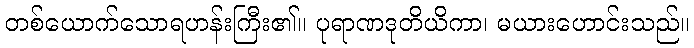
တစ်ယောက်သောရဟန်းကြီး၏။ ပုရာဏဒုတိယိကာ၊ မယားဟောင်းသည်။